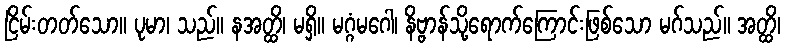
ငြိမ်းတတ်သော။ ပုမာ၊ သည်။ နအတ္ထိ၊ မရှိ။ မဂ္ဂံမဂေါ၊ နိဗ္ဗာန်သို့ရောက်ကြောင်းဖြစ်သော မဂ်သည်။ အတ္ထိ၊